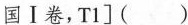
国Ⅰ卷，T1]()